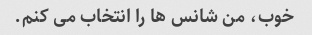
خوب، من شانس ها را انتخاب می کنم.